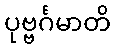
ပုဗ္ဗင်္ဂမာတိ